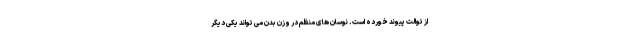
از توالت پیوند خورده است. نوسان های منظم در وزن بدن می تواند یکی دیگر